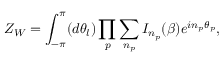
Z _ { W } = \int _ { - \pi } ^ { \pi } ( d \theta _ { l } ) \prod _ { p } \sum _ { n _ { p } } I _ { n _ { p } } ( \beta ) e ^ { i n _ { p } { \theta } _ { p } } ,